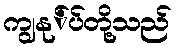
ကျွနု်ပ်တို့သည်